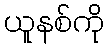
ယူနစ်ကို